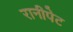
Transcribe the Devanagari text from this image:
रानीपेट